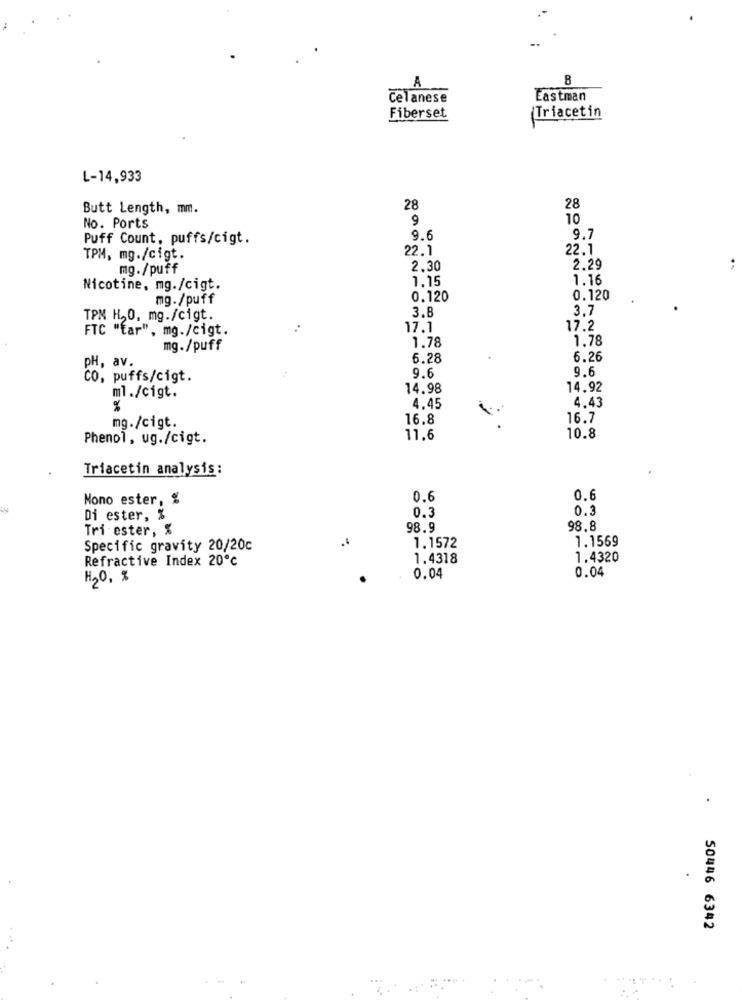
A
8
Celanese
Eastman
Fiberset
(Triacetin
L-14,933
Butt Length, mm.
28
28
9
10
No. Ports
Puff Count, puffs/cigt.
9.6
9.7
22.1
22.1
TPM, mg./cigt.
mg./puff
2.30
2.29
1.15
1.16
Nicotine, mg./cigt.
mg./puff
0.120
0.120
3.8
3.7
TPM H.O. mg./cigt.
FTC "tar", mg./cigt.
..
17.1
17.2
1.78
1.78
mg./puff
pH, av.
6.28
6.26
9.6
9.6
CO, puffs/cigt.
14.98
14.92
ml./cigt.
4.43
%
4.45
16.8
16.7
mg./cigt.
Phenol, ug./cigt.
11.6
10.8
Triacetin analysis:
Mono ester, %
0.
0.6
0.3
0.3
Di ester, %
Tri ester, %
98.9
98.8
1.1569
Specific gravity 20/20c
1.1572
Refractive Index 20℃
1.4318
1.4320
0.04
H2O, %
0.04
50446 6342